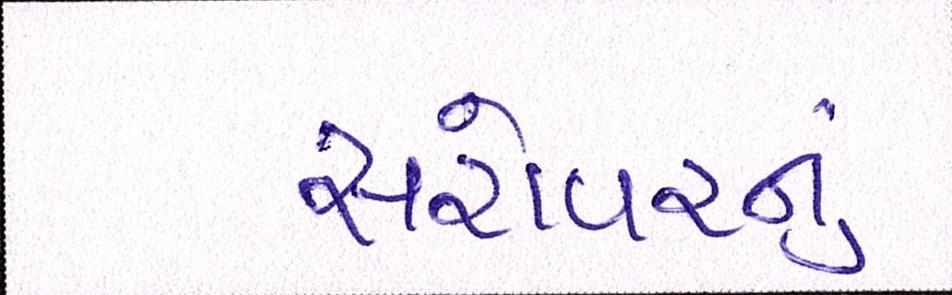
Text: સરોવરનું